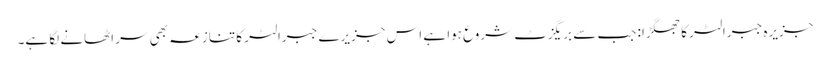
جزیرہ جبرالٹر کا جھگڑا: جب سے بریگزٹ شروع ہوا ہے اس جزیرے جبرالٹر کا تنازعہ بھی سر اٹھانے لگا ہے۔